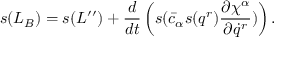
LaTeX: s ( L _ { B } ) = s ( L ^ { \prime \prime } ) + \frac { d } { d t } \left( s ( \bar { c } _ { \alpha } s ( q ^ { r } ) \frac { \partial \chi ^ { \alpha } } { \partial \dot { q } ^ { r } } ) \right) .